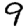
Digit: 9